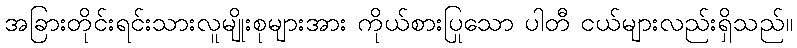
အခြားတိုင်းရင်းသားလူမျိုးစုများအား ကိုယ်စားပြုသော ပါတီ ငယ်များလည်းရှိသည်။